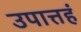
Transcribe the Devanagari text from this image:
उपात्तहं